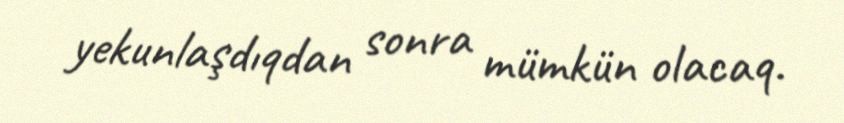
yekunlaşdıqdan sonra mümkün olacaq.